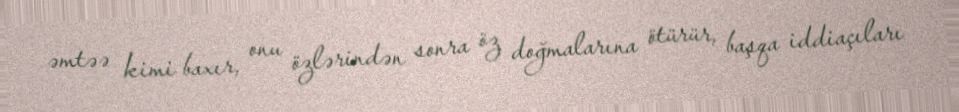
əmtəə kimi baxır, onu özlərindən sonra öz doğmalarına ötürür, başqa iddiaçıları